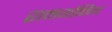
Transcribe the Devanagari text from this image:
रामगोविन्द